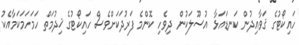
ހައިކޯޓުގެ ޤަވާއިދުން ކަނޑައަޅާ އުސޫލަކުން ދިވެހި ކޮންމެ ފަރުދަކަށްވެސް ހައިކޯޓުގެ ޚިދުމަތް ހަމަހަމަކަމާއެކު